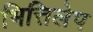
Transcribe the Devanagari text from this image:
भित्तिलेप